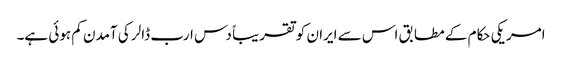
امریکی حکام کے مطابق اس سے ایران کو تقریباً دس ارب ڈالر کی آمدن کم ہوئی ہے۔